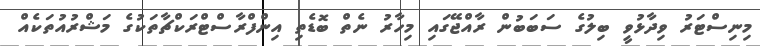
މިނިސްޓަރު ވިދާޅުވީ ބިލުގެ ސަބަބުން ރާއްޖޭގައި މިހާރު ނެތް ބޮޑެތި އިންފްރާސްޓްރަކްޗާތަކުގެ މަޝްރުއުތަކެއް